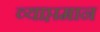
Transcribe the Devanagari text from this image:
व्याप्तमान